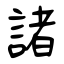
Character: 諸